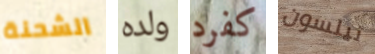
الشحنة ولده كفرد نيلسون